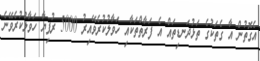
އެގޮތުން އާ ގެތަކުގެ ތަޅުދަނޑިތައް އެ ފަރާތްތަކާއި ހަވާލުކުރެވޭއިރު 5000 ރުފިޔާ ހަވާލުކުރެވޭނެ